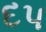
દપ